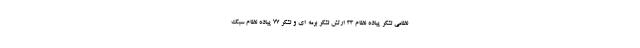
نظامی لشکر پیاده نظام ۳۳ ارتش لشکر برمه ای و لشکر ۷۷ پیاده نظام سبک